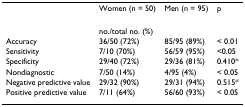
<table><thead><tr><td></td><td><b>Women (n = 50)</b></td><td><b>Men (n = 95)</b></td><td><b>p</b></td></tr></thead><tbody><tr><td></td><td colspan="3">no./total no. (%)</td></tr><tr><td>Accuracy</td><td>36/50 (72%)</td><td>85/95 (89%)</td><td>&lt; 0.01</td></tr><tr><td>Sensitivity</td><td>7/10 (70%)</td><td>56/59 (95%)</td><td>&lt;0.05</td></tr><tr><td>Specificity</td><td>29/40 (72%)</td><td>29/36 (81%)</td><td>0.410*</td></tr><tr><td>Nondiagnostic</td><td>7/50 (14%)</td><td>4/95 (4%)</td><td>&lt; 0.05</td></tr><tr><td>Negative predictive value</td><td>29/32 (90%)</td><td>29/31 (94%)</td><td>0.515*</td></tr><tr><td>Positive predictive value</td><td>7/11 (64%)</td><td>56/60 (93%)</td><td>&lt; 0.05</td></tr></tbody></table>